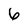
Character: 6